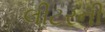
લીટરની